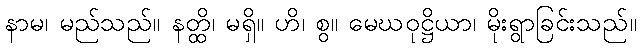
နာမ၊ မည်သည်။ နတ္ထိ၊ မရှိ။ ဟိ၊ စွ။ မေဃဝုဋ္ဌိယာ၊ မိုးရွာခြင်းသည်။